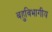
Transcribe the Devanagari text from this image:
बहुविभागीय